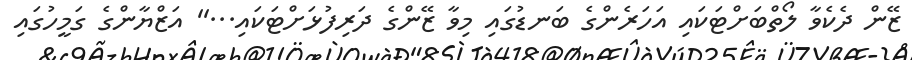
ޒޭން ދެކެވާ ލޯތްބަށްޓަކައި އަހަރެންގެ ބަނޑުގައި މިވާ ޒޭންގެ ދަރިފުޅަށްޓަކައި...'' އަޒްޔާންގެ ގަމީހުގައި